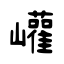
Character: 巏